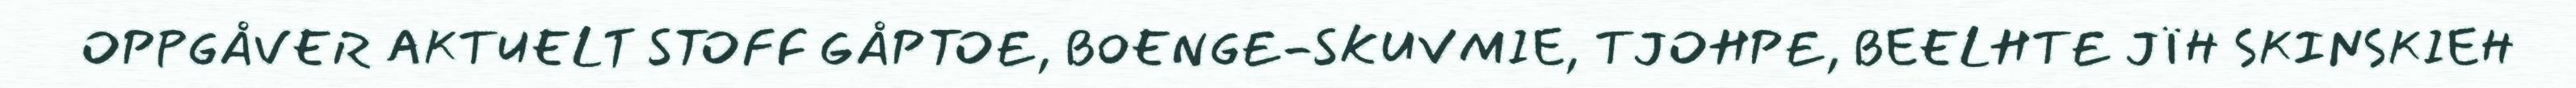
OPPGÅVER AKTUELT STOFF GÅPTOE, BOENGE-SKUVMIE, TJOHPE, BEELHTE JÏH SKINSKIEH